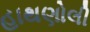
હાથણોલી